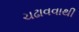
ચઢાવવાથી